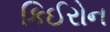
કિઈરોન